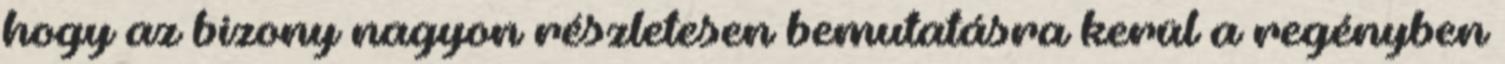
hogy az bizony nagyon részletesen bemutatásra kerül a regényben